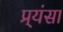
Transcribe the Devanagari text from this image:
प्र्यंसा